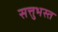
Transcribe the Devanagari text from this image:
सत्तुभस्त